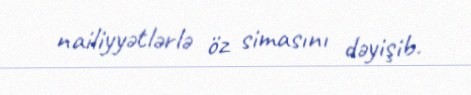
nailiyyətlərlə öz simasını dəyişib.